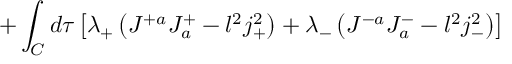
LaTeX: + \int _ { C } d \tau \left[ \lambda _ { + } \left( J ^ { + a } J _ { a } ^ { + } - l ^ { 2 } j _ { + } ^ { 2 } \right) + \lambda _ { - } \left( J ^ { - a } J _ { a } ^ { - } - l ^ { 2 } j _ { - } ^ { 2 } \right) \right]